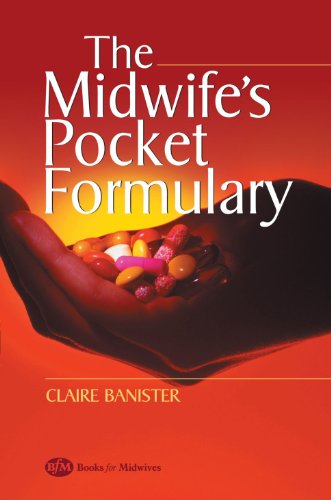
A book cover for The Midwife's Pocket Formulary: Commonly prescribed drugs for mother and child, drugs and breastfeeding, contra indications and side effects, 2e; Claire Banister Dip HE in Midwifery; Medical Books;